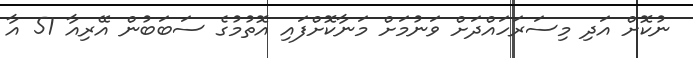
ނުކޮށް އަދި މިސަރަހައްދަށް ވަނުމަށް މަނާކޮށްފައި އޮތުމުގެ ސަބަބުން އޭރިއާ 51 އާ